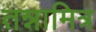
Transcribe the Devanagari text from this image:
तन्नामित्र